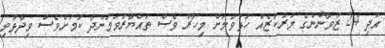
އަދި 24 ޒުވާނުންގެ މަރުކަޒެއް ހުޅުވުމަށް މިހާރު ވެސް ތައްޔާރުވަމުންދާ ކަމަށްވެސް ވިދާޅުވި